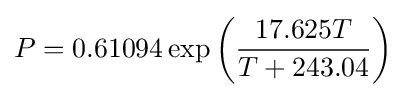
P=0.61094\exp \left({\frac {17.625T}{T+243.04}}\right)